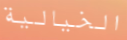
الخيالية